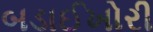
બડાઈખોરી